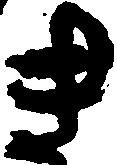
き